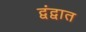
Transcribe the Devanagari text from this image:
द्वंद्वात